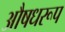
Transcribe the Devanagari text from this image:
औषधरूप